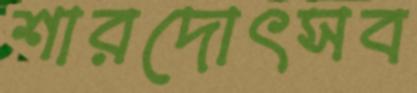
শারদোৎসব